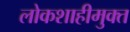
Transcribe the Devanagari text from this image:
लोकशाहीमुक्त